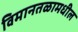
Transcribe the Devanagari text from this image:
विमानतळामधील